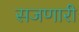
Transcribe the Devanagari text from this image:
सजणारी